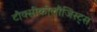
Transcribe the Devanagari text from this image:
टौक्सीकोलौजिस्ट्स